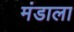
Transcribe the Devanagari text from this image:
मंडाला